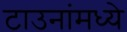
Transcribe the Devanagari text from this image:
टाउनांमध्ये